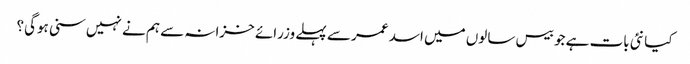
کیا نئی بات ہے جو بیس سالوں میں اسد عمر سے پہلے وزرائے خزانہ سے ہم نے نہیں سنی ہوگی؟